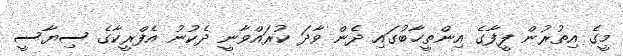
މީގެ އިތުރުން ފީފާގެ އިންތީޚާބުގައި ދެން ވާދަ ކުރައްވާނީ ދެކުނު އެފްރީކާގެ ސިޔާސީ